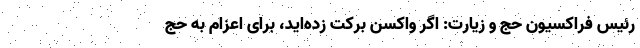
رئیس فراکسیون حج و زیارت: اگر واکسن برکت زده‌اید، برای اعزام به حج